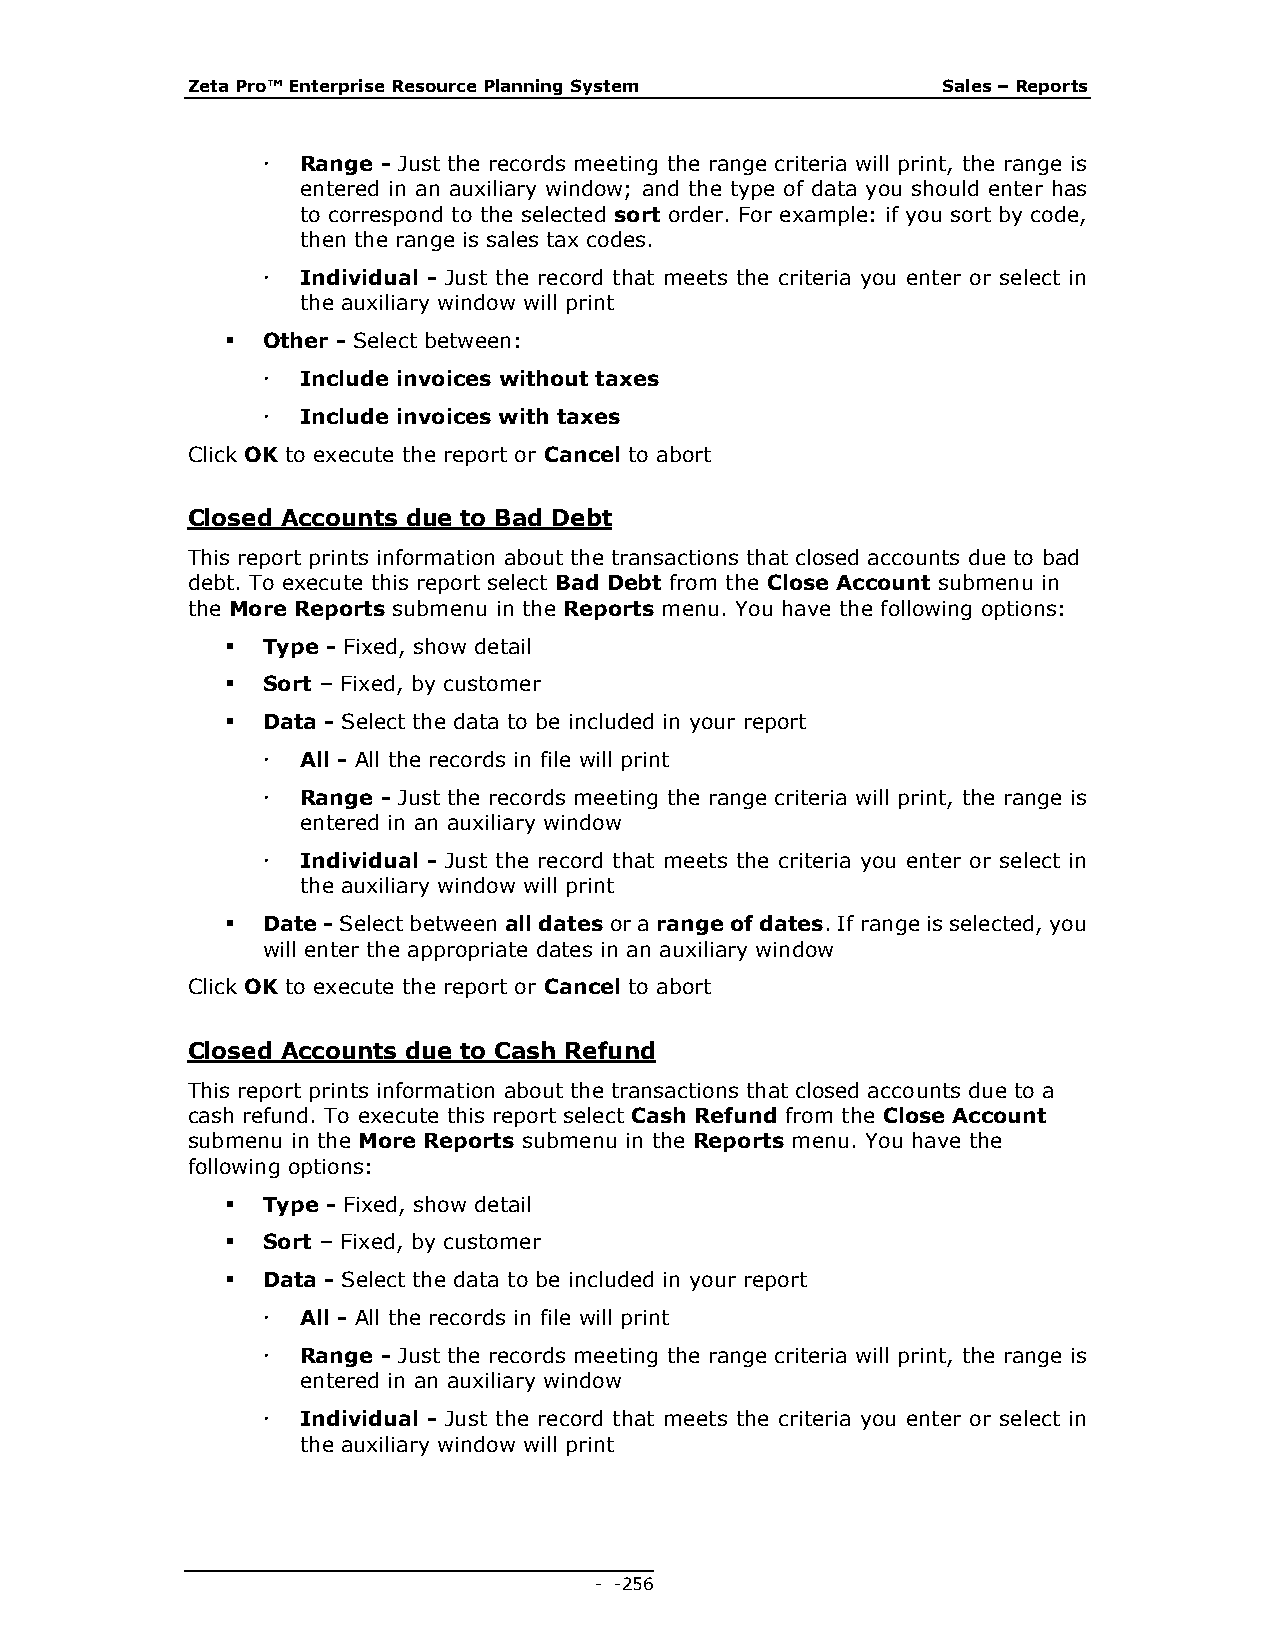
Zeta Pro™ Enterprise Resource Planning System     Sales – Reports
   Range - Just the records meeting the range criteria will print, the range is
 entered in an auxiliary window; and the type of data you should enter has
 to correspond to the selected sort order. For example: if you sort by code,
 then the range is sales tax codes.
   Individual - Just the record that meets the criteria you enter or select in
 the auxiliary window will print
  Other - Select between:
   Include invoices without taxes
   Include invoices with taxes
 Click OK to execute the report or Cancel to abort
 Closed Accounts due to Bad Debt
 This report prints information about the transactions that closed accounts due to bad
 debt. To execute this report select Bad Debt from the Close Account submenu in
 the More Reports submenu in the Reports menu. You have the following options:
  Type - Fixed, show detail
  Sort – Fixed, by customer
  Data - Select the data to be included in your report
   All - All the records in file will print
   Range - Just the records meeting the range criteria will print, the range is
 entered in an auxiliary window
   Individual - Just the record that meets the criteria you enter or select in
 the auxiliary window will print
  Date - Select between all dates or a range of dates. If range is selected, you
 will enter the appropriate dates in an auxiliary window
 Click OK to execute the report or Cancel to abort
 Closed Accounts due to Cash Refund
 This report prints information about the transactions that closed accounts due to a
 cash refund. To execute this report select Cash Refund from the Close Account
 submenu in the More Reports submenu in the Reports menu. You have the
 following options:
  Type - Fixed, show detail
  Sort – Fixed, by customer
  Data - Select the data to be included in your report
   All - All the records in file will print
   Range - Just the records meeting the range criteria will print, the range is
 entered in an auxiliary window
   Individual - Just the record that meets the criteria you enter or select in
 the auxiliary window will print
 - - 256